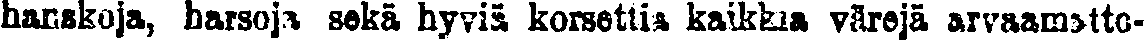
hanskoja, harsoja sekä hyviä korsettia kaikkia värejä arvaamatto-